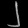
Digit: ၂